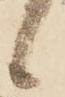
候